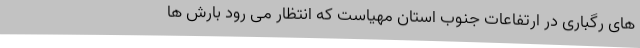
های رگباری در ارتفاعات جنوب استان مهیاست که انتظار می رود بارش ها